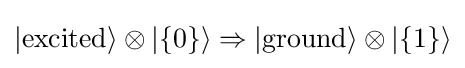
|{\text{excited}}\rangle \otimes |\{0\}\rangle \Rightarrow |{\text{ground}}\rangle \otimes |\{1\}\rangle